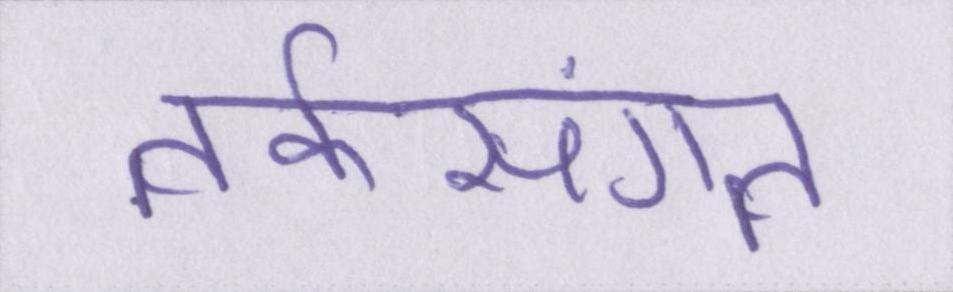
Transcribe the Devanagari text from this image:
तर्कसंगत